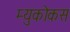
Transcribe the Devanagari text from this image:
म्युकोकस